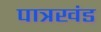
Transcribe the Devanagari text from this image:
पात्रखंड